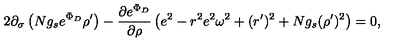
2 \partial _ { \sigma } \left( N g _ { s } e ^ { \Phi _ { D } } \rho ^ { \prime } \right) - \frac { \partial e ^ { \Phi _ { D } } } { \partial \rho } \left( e ^ { 2 } - r ^ { 2 } e ^ { 2 } \omega ^ { 2 } + ( r ^ { \prime } ) ^ { 2 } + N g _ { s } ( \rho ^ { \prime } ) ^ { 2 } \right) = 0 ,